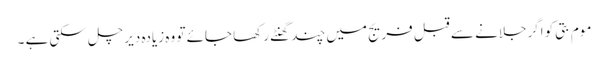
موم بتی کو اگرجلانے سے قبل فریج میں چند گھنٹے رکھا جائے تو وہ زیادہ دیر چل سکتی ہے ۔